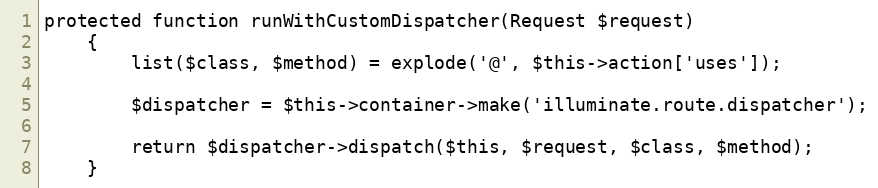
Language: PHP
protected function runWithCustomDispatcher(Request $request)
	{
		list($class, $method) = explode('@', $this->action['uses']);

		$dispatcher = $this->container->make('illuminate.route.dispatcher');

		return $dispatcher->dispatch($this, $request, $class, $method);
	}